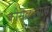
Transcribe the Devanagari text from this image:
कोसळल्यास